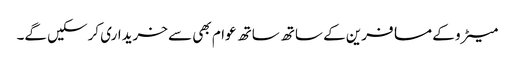
میٹرو کے مسافرین کے ساتھ ساتھ عوام بھی سے خریداری کرسکیں گے۔